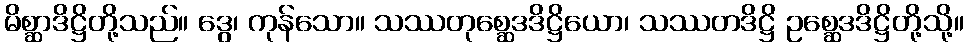
မိစ္ဆာဒိဋ္ဌိတို့သည်။ ဒွေ၊ ကုန်သော။ သဿတုစ္ဆေဒဒိဋ္ဌိယော၊ သဿတဒိဋ္ဌိ ဥစ္ဆေဒဒိဋ္ဌိတို့သို့။